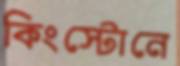
কিংস্টোনে